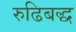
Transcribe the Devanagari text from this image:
रुढिबद्ध